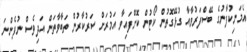
އެމަނިކުފާނުގެ ބޭސްފަރުވާއާ ގުޅޭގޮތުން ކޯޓުން ކޮށްފައިވާ އަމުރަށް ސަރުކާރުން ތަބާވާތަން އަދިވެސް ނުފެންނަ